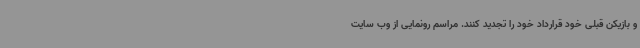
و بازیکن قبلی خود قرارداد خود را تجدید کنند. مراسم رونمایی از وب سایت